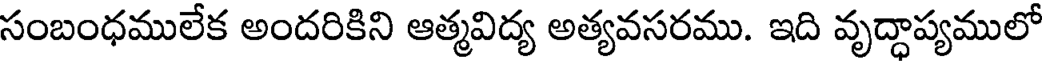
సంబంధములేక అందరికిని ఆత్మవిద్య అత్యవసరము. ఇది వృద్ధాప్యములో